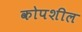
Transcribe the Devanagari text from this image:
कोपशील